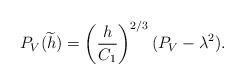
LaTeX: \begin{align*} P_V(\widetilde{h}) = \left(\frac{h}{C_1}\right)^{2/3}(P_V - \lambda^2). \end{align*}